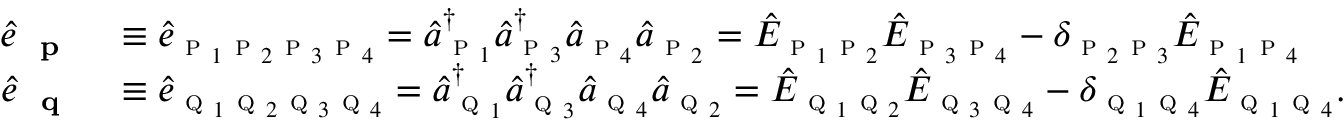
\begin{array} { r l } { \hat { e } _ { \textbf { \textsc { p } } } } & { \equiv \hat { e } _ { \textsc { p } _ { 1 } \textsc { p } _ { 2 } \textsc { p } _ { 3 } \textsc { p } _ { 4 } } = \hat { a } _ { \textsc { p } _ { 1 } } ^ { \dagger } \hat { a } _ { \textsc { p } _ { 3 } } ^ { \dagger } \hat { a } _ { \textsc { p } _ { 4 } } \hat { a } _ { \textsc { p } _ { 2 } } = \hat { E } _ { \textsc { p } _ { 1 } \textsc { p } _ { 2 } } \hat { E } _ { \textsc { p } _ { 3 } \textsc { p } _ { 4 } } - \delta _ { \textsc { p } _ { 2 } \textsc { p } _ { 3 } } \hat { E } _ { \textsc { p } _ { 1 } \textsc { p } _ { 4 } } } \\ { \hat { e } _ { \textbf { \textsc { q } } } } & { \equiv \hat { e } _ { \textsc { q } _ { 1 } \textsc { q } _ { 2 } \textsc { q } _ { 3 } \textsc { q } _ { 4 } } = \hat { a } _ { \textsc { q } _ { 1 } } ^ { \dagger } \hat { a } _ { \textsc { q } _ { 3 } } ^ { \dagger } \hat { a } _ { \textsc { q } _ { 4 } } \hat { a } _ { \textsc { q } _ { 2 } } = \hat { E } _ { \textsc { q } _ { 1 } \textsc { q } _ { 2 } } \hat { E } _ { \textsc { q } _ { 3 } \textsc { q } _ { 4 } } - \delta _ { \textsc { q } _ { 1 } \textsc { q } _ { 4 } } \hat { E } _ { \textsc { q } _ { 1 } \textsc { q } _ { 4 } } . } \end{array}